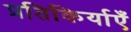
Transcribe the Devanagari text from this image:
प्रतिकिर्याएँ